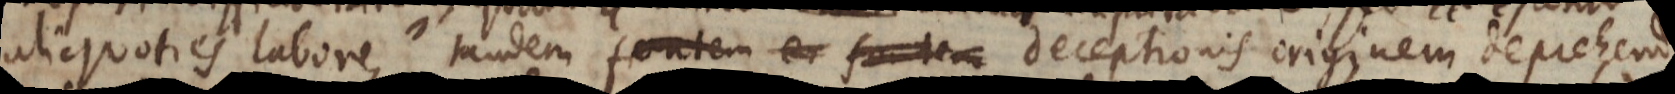
aliquoties labore, tandem fontem deceptionis originem depreh